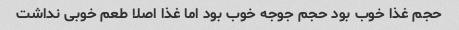
حجم غذا خوب بود حجم جوجه خوب بود اما غذا اصلا طعم خوبی نداشت